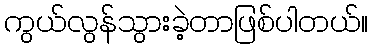
ကွယ်လွန်သွားခဲ့တာဖြစ်ပါတယ်။